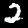
Digit: 2